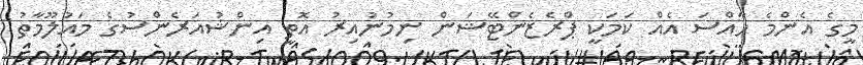
މީގެ އެންމެ ހާއްސަ އެއް ކަމަކީ ޕްރެޒެންޓޭޝަން ނިމުނުއިރު އޮތީ އިންޝުއަރެންސުގެ މައުލޫމާތު